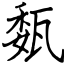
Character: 瓾